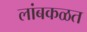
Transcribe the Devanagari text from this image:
लांबकळत